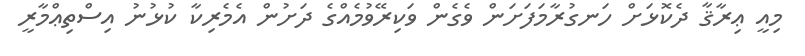
މިއީ ޢިރާޤާ ދެކޮޅަށް ހަނގުރާމަފަށަން ވެގެން ވަކިރޭވުމެއްގެ ދަށުން އެމެރިކާ ކުޅުނު އިސްތިޢްމާރީ